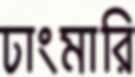
ঢাংমারি